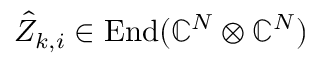
\hat { Z } _ { k , i } \in \operatorname { E n d } ( \mathbb { C } ^ { N } \otimes \mathbb { C } ^ { N } )